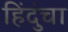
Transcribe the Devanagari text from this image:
हिंदुंचा